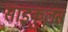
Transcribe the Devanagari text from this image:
साइकुलस